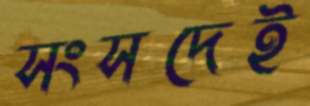
সংসদেই